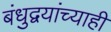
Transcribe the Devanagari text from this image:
बंधुद्वयांच्याही